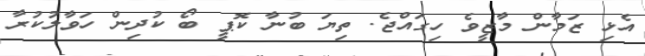
އެޅި ޒަމާން މާޒީވެ ހިގައްޖެ. ތިޔަ ބުނާ ކޮޕީ ބޯ ކުދިން ހަވާލުކުރާ